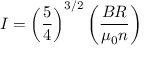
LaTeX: I = \left( { \frac { 5 } { 4 } } \right) ^ { 3 / 2 } \left( { \frac { B R } { \mu _ { 0 } n } } \right)